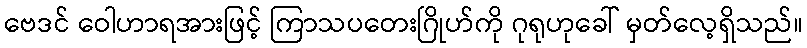
ဗေဒင် ဝေါဟာရအားဖြင့် ကြာသပတေးဂြိုဟ်ကို ဂုရုဟုခေါ် မှတ်လေ့ရှိသည်။